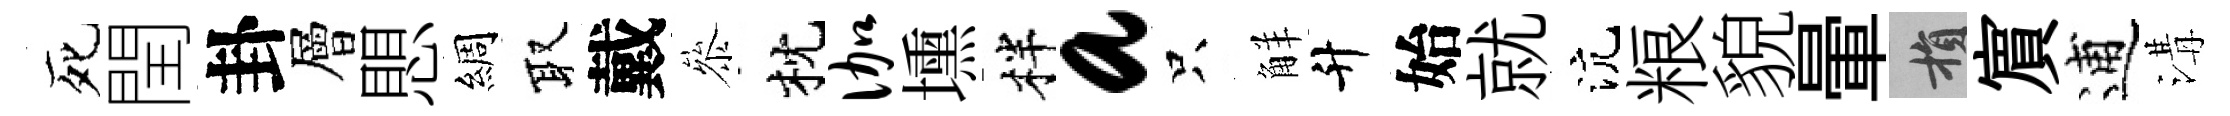
死閏卦層愳綢取戴叅枕伽壎柈a只觧升始就沆粮貌暈損賔逋溝